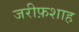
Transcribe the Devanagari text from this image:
जरीफ़शाह